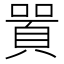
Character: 𠽸